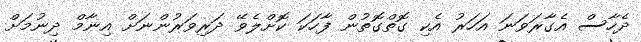
ދެހާސް އެގާރަވަނަ އަހަރު އެކި ގޮތްގޮތުން ފާހަކަ ކޮށްލެވޭ ދަރިވަރުންނަށް އިނާމް ދިނުމަށް